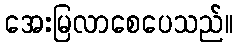
အေးမြလာစေပေသည်။